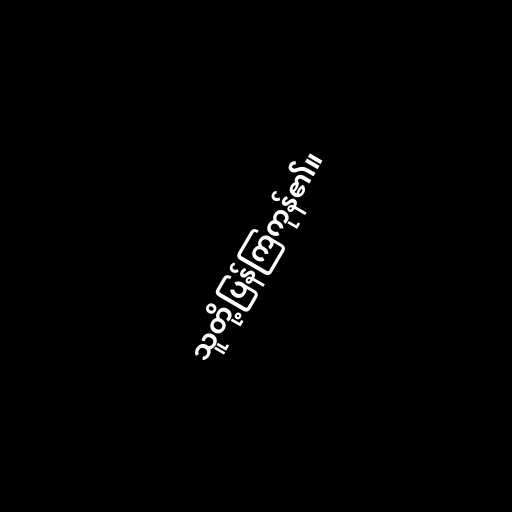
သူတို့ပြန်ကြကုန်၏။